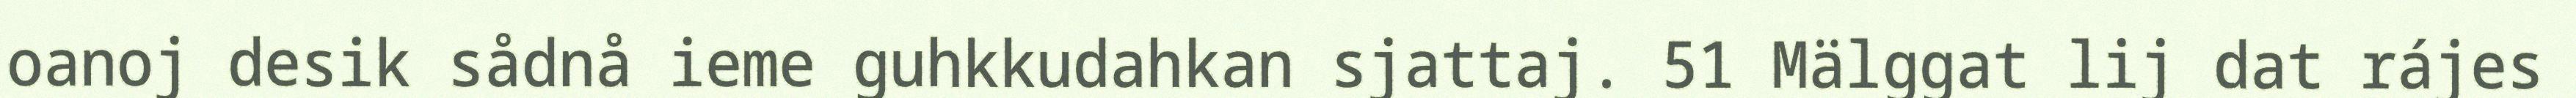
oanoj desik sådnå ieme guhkkudahkan sjattaj. 51 Mälggat lij dat rájes